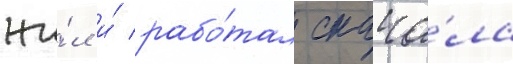
жи́л и́ рабо́тал снача́ла